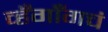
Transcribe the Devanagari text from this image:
व्हँगाँगचं